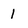
Character: 1